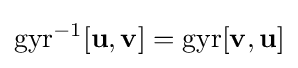
\mathrm {gyr} ^{-1}[\mathbf {u} ,\mathbf {v} ]=\mathrm {gyr} [\mathbf {v} ,\mathbf {u} ]